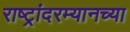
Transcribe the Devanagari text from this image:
राष्ट्रांदरम्यानच्या